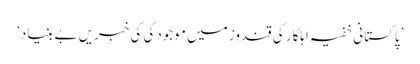
’پاکستانی خفیہ اہلکار کی قندوز میں موجودگی کی خبریں بےبنیاد‘